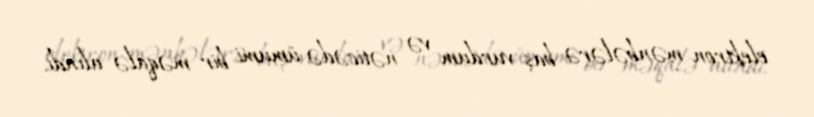
elektron mənbələrə baş vurdum və nəticədə ümumi bir məqalə alındı.